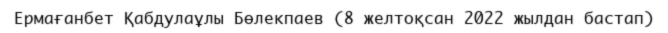
Ермағанбет Қабдулаұлы Бөлекпаев (8 желтоқсан 2022 жылдан бастап)